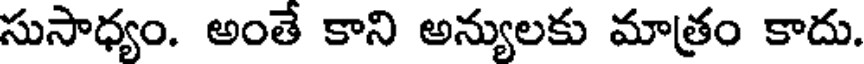
సుసాధ్యం. అంతే కాని అన్యులకు మాత్రం కాదు.